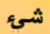
شيء